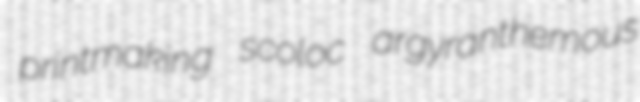
printmaking scoloc argyranthemous